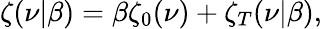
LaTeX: \zeta(\nu|\beta)=\beta\zeta_{0}(\nu)+\zeta_{T}(\nu|\beta),